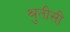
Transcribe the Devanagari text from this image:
श्रुतीसी